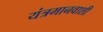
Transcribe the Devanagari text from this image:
यंत्रमानवाशी